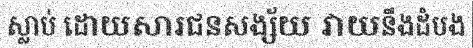
ស្លាប់ ដោយសារជនសង្ស័យ វាយនឹងដំបង